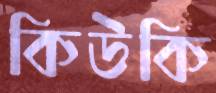
কিউকি